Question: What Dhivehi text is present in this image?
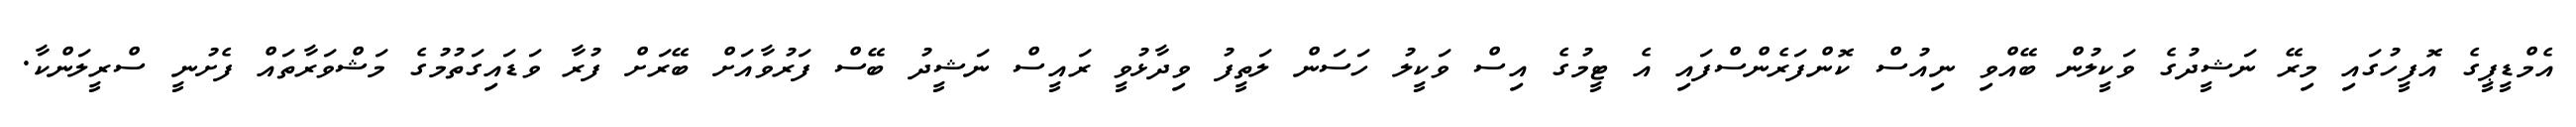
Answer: އެމްޑީޕީގެ އޮފީހުގައި މިރޭ ނަޝީދުގެ ވަކީލުން ބޭއްވި ނިއުސް ކޮންފަރެންސްފައި އެ ޓީމުގެ އިސް ވަކީލު ހަސަން ލަތީފު ވިދާޅުވީ ރައީސް ނަޝީދު ބޭސް ފަރުވާއަށް ބޭރަށް ފުރާ ވަޑައިގަތުމުގެ މަޝްވަރާތައް ފެށުނީ ސްރީލަންކާ.